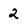
Character: 2